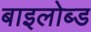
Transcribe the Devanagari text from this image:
बाइलोब्ड